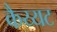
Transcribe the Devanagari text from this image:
कैय्यट